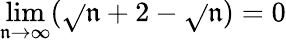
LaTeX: \lim\limits_{\mathfrak{n}\rightarrow\infty}(\sqrt{}{{\mathfrak{n}+2}}-\sqrt{}{{\mathfrak{n}}})=0